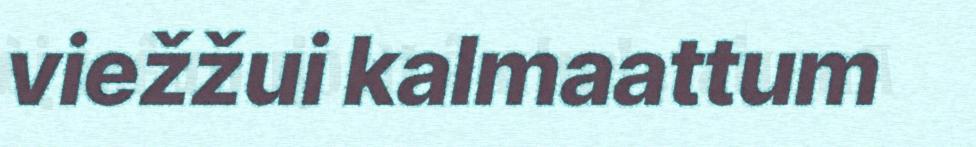
viežžui kalmaattum